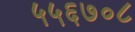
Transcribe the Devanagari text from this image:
५५६७०८